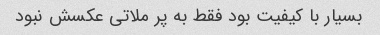
بسیار با کیفیت بود فقط به پر ملاتی عکسش نبود